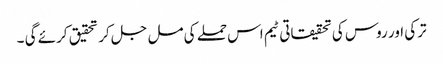
ترکی اور روس کی تحقیقاتی ٹیم اس حملے کی مل جل کر تحقیق کرئے گی ۔